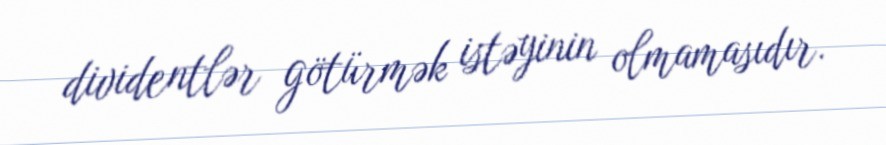
dividentlər götürmək istəyinin olmamasıdır.